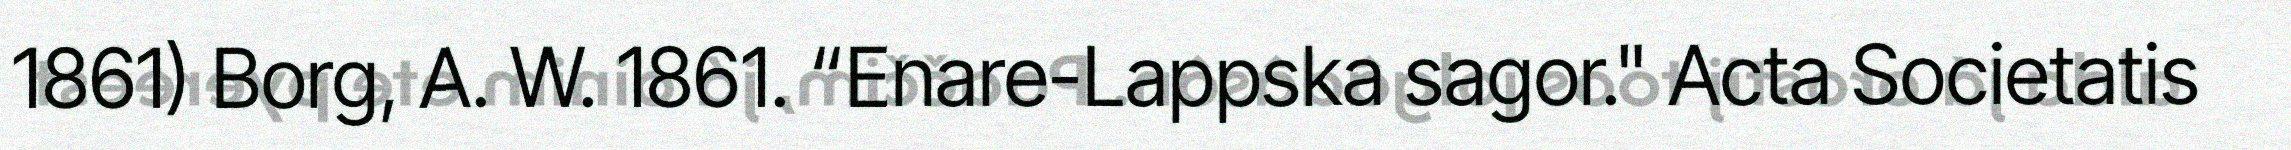
1861) Borg, A. W. 1861. “Enare-Lappska sagor." Acta Societatis